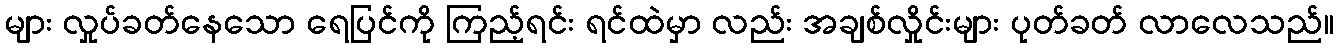
များ လှုပ်ခတ်နေသော ရေပြင်ကို ကြည့်ရင်း ရင်ထဲမှာ လည်း အချစ်လှိုင်းများ ပုတ်ခတ် လာလေသည်။